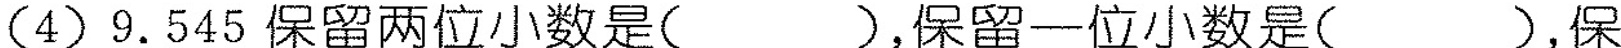
(4)9.545保留两位小数是( )，保留一位小数是( )，保